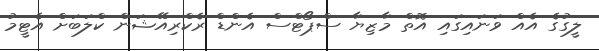
ލީގުގެ އެއް ވަނައިގައި އޮތް މާޒިޔާ ސްޕޯޓްސް އެންޑް ރެކްރިއޭޝަން ކްލަބަށް އެޓީމު